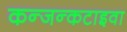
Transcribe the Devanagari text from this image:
कन्जन्कटाइवा